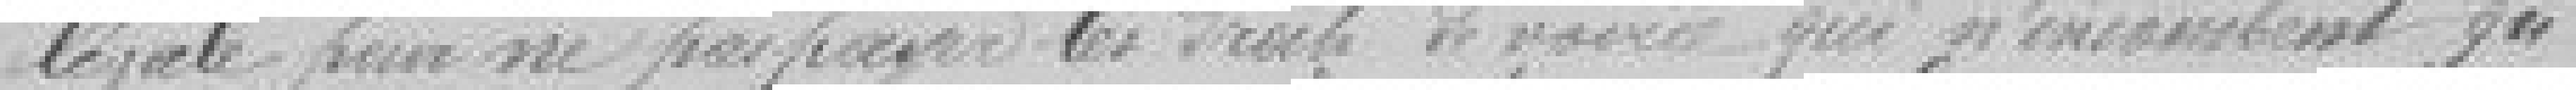
légale pour ne pas payer les droits de voirie qui n'incombent qu'